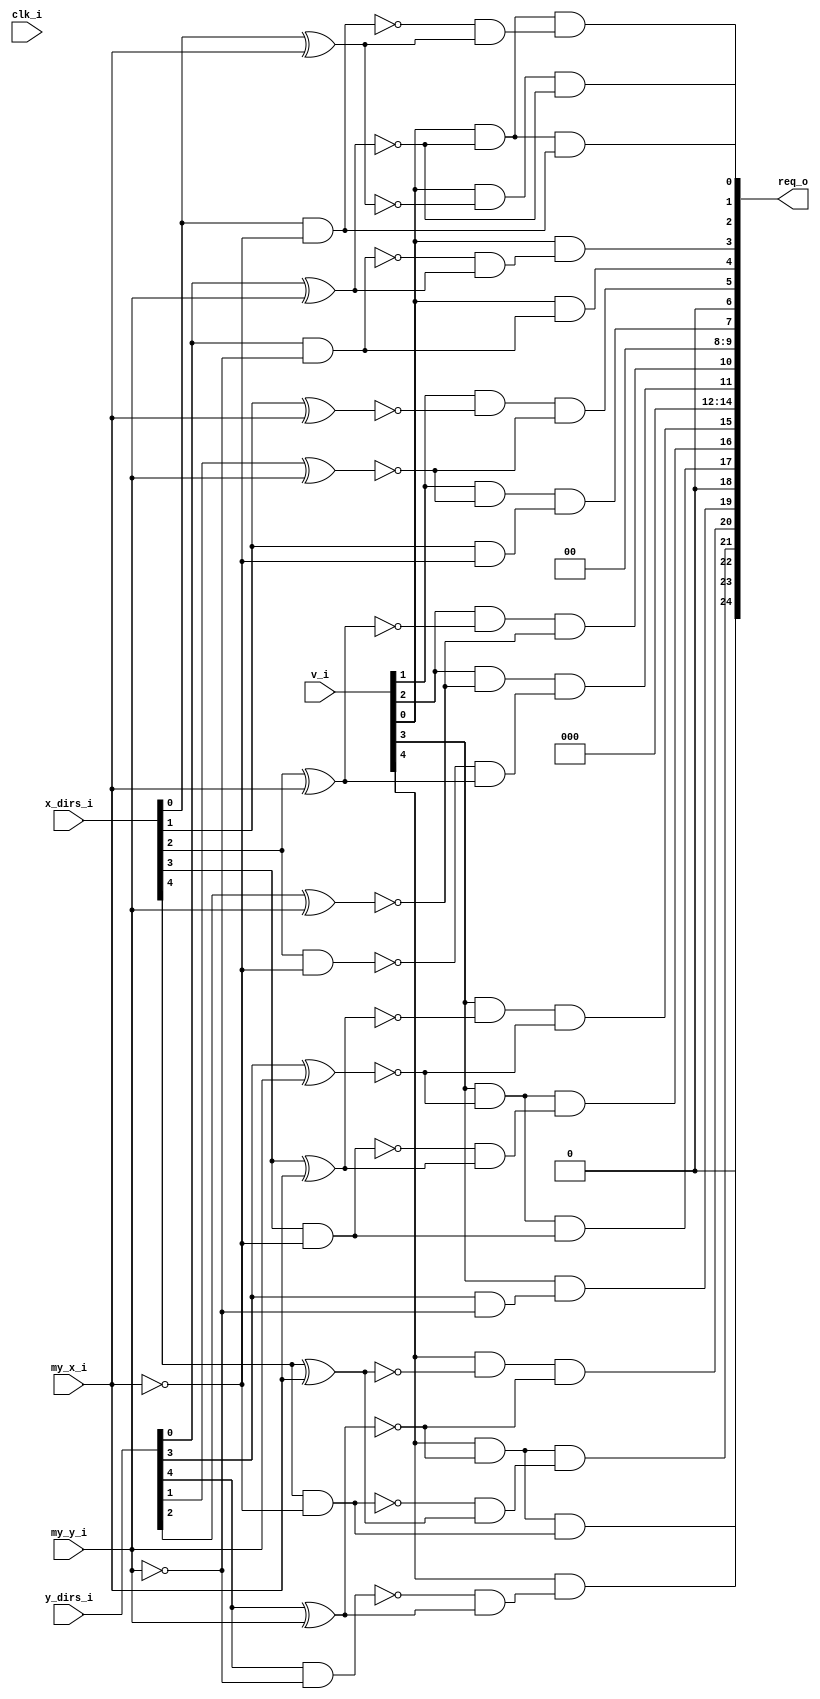
module bsg_mesh_router_dor_decoder_x_cord_width_p1_y_cord_width_p1_dirs_lp5_XY_order_p0
(
  clk_i,
  v_i,
  x_dirs_i,
  y_dirs_i,
  my_x_i,
  my_y_i,
  req_o
);

  input [4:0] v_i;
  input [4:0] x_dirs_i;
  input [4:0] y_dirs_i;
  input [0:0] my_x_i;
  input [0:0] my_y_i;
  output [24:0] req_o;
  input clk_i;
  wire [24:0] req_o;
  wire N0,N1,N2,N3,N4,N5,N6,N7,N8,N9,N10,N11,N12,N13,N14,N15,N16,N17,y_gt_0,x_lt_0,
  y_lt_0,N18,N19,N20,N21,N22,N23,N24,N25,N26,N27,N28,N29,N30,N31,N32,N33,N34,N35,N36,
  N37,N38,N39,N40,N41,N42;
  wire [4:0] x_eq,y_eq,x_gt;
  wire [4:3] y_gt;
  wire [4:2] x_lt;
  wire [4:4] y_lt;
  assign req_o[12] = 1'b0;
  assign req_o[6] = 1'b0;
  assign req_o[24] = 1'b0;
  assign req_o[18] = 1'b0;
  assign req_o[14] = 1'b0;
  assign req_o[13] = 1'b0;
  assign req_o[9] = 1'b0;
  assign req_o[8] = 1'b0;
  assign N0 = x_dirs_i[0] ^ my_x_i[0];
  assign x_eq[0] = ~N0;
  assign N1 = y_dirs_i[0] ^ my_y_i[0];
  assign y_eq[0] = ~N1;
  assign x_gt[0] = x_dirs_i[0] & N2;
  assign N2 = ~my_x_i[0];
  assign y_gt_0 = y_dirs_i[0] & N3;
  assign N3 = ~my_y_i[0];
  assign N4 = x_dirs_i[1] ^ my_x_i[0];
  assign x_eq[1] = ~N4;
  assign N5 = y_dirs_i[1] ^ my_y_i[0];
  assign y_eq[1] = ~N5;
  assign x_gt[1] = x_dirs_i[1] & N6;
  assign N6 = ~my_x_i[0];
  assign N7 = x_dirs_i[2] ^ my_x_i[0];
  assign x_eq[2] = ~N7;
  assign N8 = y_dirs_i[2] ^ my_y_i[0];
  assign y_eq[2] = ~N8;
  assign x_gt[2] = x_dirs_i[2] & N9;
  assign N9 = ~my_x_i[0];
  assign N10 = x_dirs_i[3] ^ my_x_i[0];
  assign x_eq[3] = ~N10;
  assign N11 = y_dirs_i[3] ^ my_y_i[0];
  assign y_eq[3] = ~N11;
  assign x_gt[3] = x_dirs_i[3] & N12;
  assign N12 = ~my_x_i[0];
  assign y_gt[3] = y_dirs_i[3] & N13;
  assign N13 = ~my_y_i[0];
  assign N14 = x_dirs_i[4] ^ my_x_i[0];
  assign x_eq[4] = ~N14;
  assign N15 = y_dirs_i[4] ^ my_y_i[0];
  assign y_eq[4] = ~N15;
  assign x_gt[4] = x_dirs_i[4] & N16;
  assign N16 = ~my_x_i[0];
  assign y_gt[4] = y_dirs_i[4] & N17;
  assign N17 = ~my_y_i[0];
  assign x_lt_0 = N18 & N19;
  assign N18 = ~x_gt[0];
  assign N19 = ~x_eq[0];
  assign y_lt_0 = N20 & N21;
  assign N20 = ~y_gt_0;
  assign N21 = ~y_eq[0];
  assign x_lt[2] = N22 & N23;
  assign N22 = ~x_gt[2];
  assign N23 = ~x_eq[2];
  assign x_lt[3] = N24 & N25;
  assign N24 = ~x_gt[3];
  assign N25 = ~x_eq[3];
  assign x_lt[4] = N26 & N27;
  assign N26 = ~x_gt[4];
  assign N27 = ~x_eq[4];
  assign y_lt[4] = N28 & N29;
  assign N28 = ~y_gt[4];
  assign N29 = ~y_eq[4];
  assign req_o[16] = N30 & x_lt[3];
  assign N30 = v_i[3] & y_eq[3];
  assign req_o[17] = N31 & x_gt[3];
  assign N31 = v_i[3] & y_eq[3];
  assign req_o[21] = N32 & x_lt[4];
  assign N32 = v_i[4] & y_eq[4];
  assign req_o[22] = N33 & x_gt[4];
  assign N33 = v_i[4] & y_eq[4];
  assign req_o[19] = v_i[3] & y_gt[3];
  assign req_o[23] = v_i[4] & y_lt[4];
  assign req_o[7] = N34 & x_gt[1];
  assign N34 = v_i[1] & y_eq[1];
  assign req_o[11] = N35 & x_lt[2];
  assign N35 = v_i[2] & y_eq[2];
  assign req_o[4] = v_i[0] & y_gt_0;
  assign req_o[3] = v_i[0] & y_lt_0;
  assign req_o[0] = N36 & y_eq[0];
  assign N36 = v_i[0] & x_eq[0];
  assign req_o[2] = N37 & x_gt[0];
  assign N37 = v_i[0] & y_eq[0];
  assign req_o[1] = N38 & x_lt_0;
  assign N38 = v_i[0] & y_eq[0];
  assign req_o[5] = N39 & y_eq[1];
  assign N39 = v_i[1] & x_eq[1];
  assign req_o[10] = N40 & y_eq[2];
  assign N40 = v_i[2] & x_eq[2];
  assign req_o[15] = N41 & y_eq[3];
  assign N41 = v_i[3] & x_eq[3];
  assign req_o[20] = N42 & y_eq[4];
  assign N42 = v_i[4] & x_eq[4];

endmodule